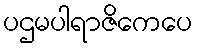
ပဌမပါရာဇိကေပေ